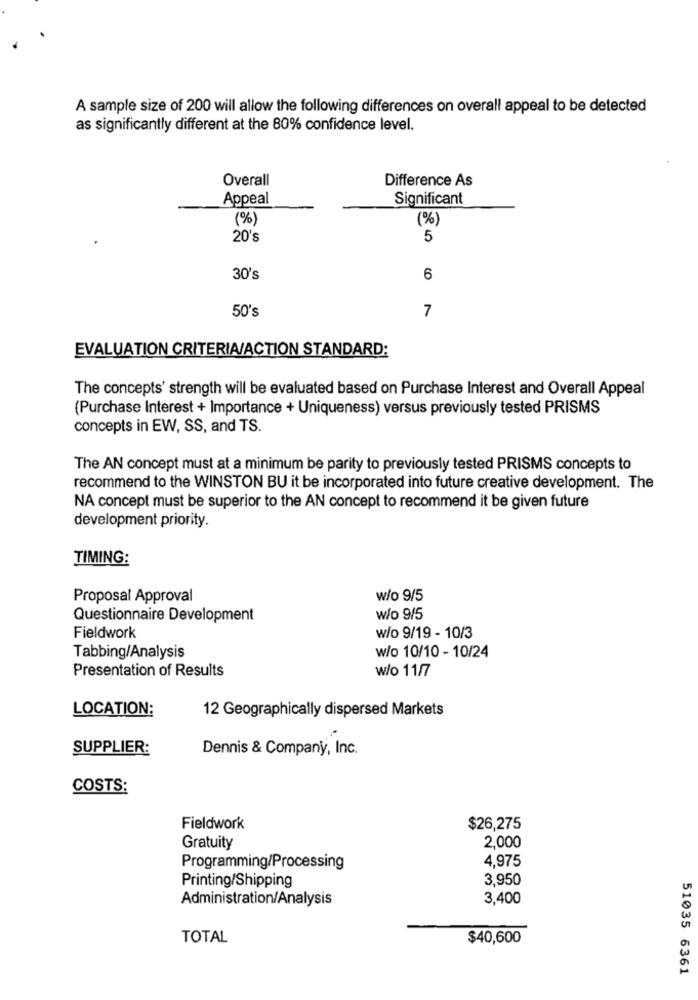
A sample size of 200 will allow the following differences on overall appeal to be detected
as significantly different at the 80% confidence level.
Overall
Difference As
Appeal
Significant
(%)
(%)
20's
5
30's
6
50's
7
EVALUATION CRITERIA/ACTION STANDARD:
The concepts' strength will be evaluated based on Purchase Interest and Overall Appeal
(Purchase Interest + Importance + Uniqueness) versus previously tested PRISMS
concepts in EW, SS, and TS.
The AN concept must at a minimum be parity to previously tested PRISMS concepts to
recommend to the WINSTON BU it be incorporated into future creative development. The
NA concept must be superior to the AN concept to recommend it be given future
development priority.
TIMING:
Proposal Approval
w/o 9/5
Questionnaire Development
w/o 9/5
Fieldwork
w/o 9/19 - 10/3
w/o 10/10 - 10/24
Tabbing/Analysis
Presentation of Results
w/o 11/7
LOCATION:
12 Geographically dispersed Markets
SUPPLIER:
Dennis & Company, Inc.
COSTS:
Fieldwork
$26,275
Gratuity
2,000
4,975
Programming/Processing
3,950
Printing/Shipping
Administration/Analysis
3,400
TOTAL
$40,600
51035 6361